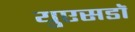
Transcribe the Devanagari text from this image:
युएसडॉ